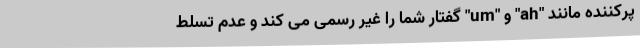
پرکننده مانند "ah" و "um" گفتار شما را غیر رسمی می کند و عدم تسلط